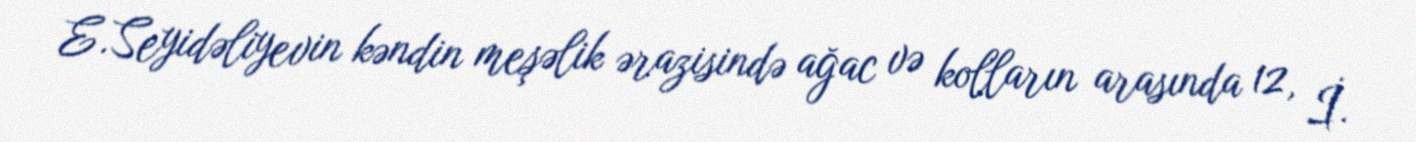
E.Seyidəliyevin kəndin meşəlik ərazisində ağac və kolların arasında 12, İ.